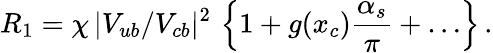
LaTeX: R_{1}=\chi\, |V_{ub}/V_{cb}|^{2}\, \left\{ 1+g(x_{c}){\frac{\alpha_{s}}{\pi}}+\ldots\right\} \, .